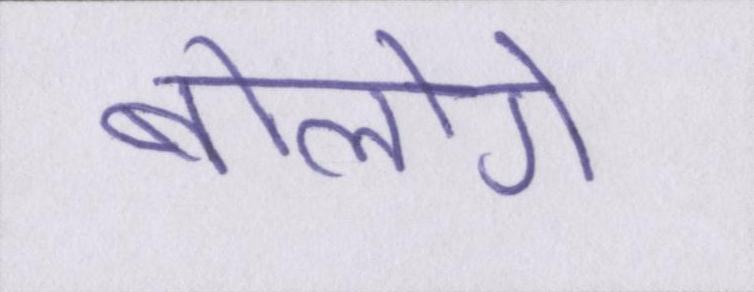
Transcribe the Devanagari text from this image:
बोलोगे